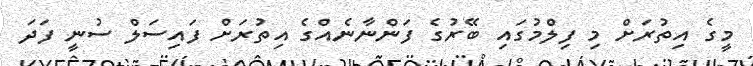
މީގެ އިތުރަށް މި ފިލްމުގައި ބޭރުގެ ފަންނާނެއްގެ އިތުރަށް ފައިސަލް ސުނީ ފަދަ